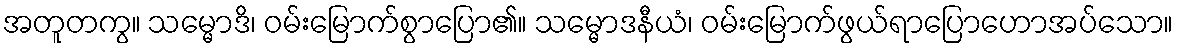
အတူတကွ။ သမ္မောဒိ၊ ဝမ်းမြောက်စွာပြော၏။ သမ္မောဒနီယံ၊ ဝမ်းမြောက်ဖွယ်ရာပြောဟောအပ်သော။